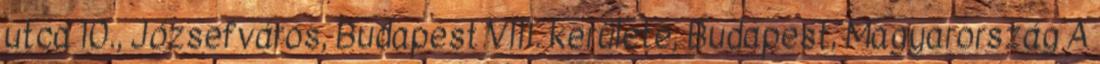
utca 10., Józsefváros, Budapest VIII. kerülete, Budapest, Magyarország A